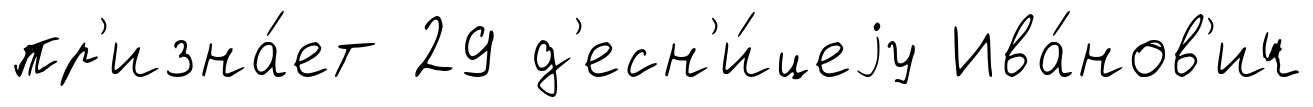
пр'изна́ет 29 д'есн'и́цеjу Ива́нов'ич